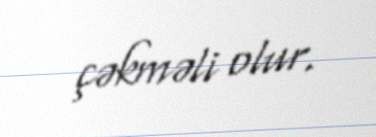
çəkməli olur.